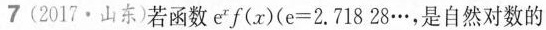
7 (2017·山东)若函数e^{x}f(x)($$e = 2 . 7 1 8 2 8 …$$，是自然对数的